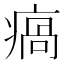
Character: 瘑